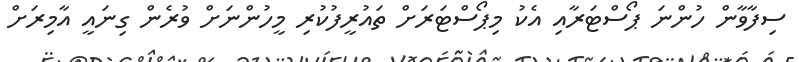
ސިފާވާން ހުންނަ ޕޯސްޓަރާއި އެކު މިޕޯސްޓަރަށް ތައުރީފުކުރި މީހުންނަށް ވުރެން ގިނައީ އާމިރަށް